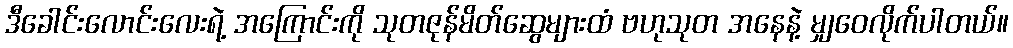
ဒီခေါင်းလောင်းလေးရဲ့ အကြောင်းကို သုတဇုန်မိတ်ဆွေများထံ ဗဟုသုတ အနေနဲ့ မျှဝေလိုက်ပါတယ်။